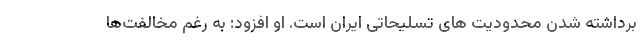
برداشته شدن محدودیت های تسلیحاتی ایران است. او افزود: به رغم مخالفت‌ها